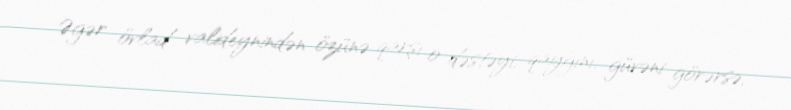
Əgər övlad valideynindən özünə qarşı o dəstəyi, qayğını, güvəni görərsə,